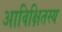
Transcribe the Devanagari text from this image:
आविक्षितस्य